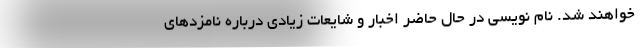
خواهند شد. نام نویسی در حال حاضر اخبار و شایعات زیادی درباره نامزدهای